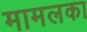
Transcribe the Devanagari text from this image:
मामलका